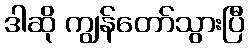
ဒါဆို ကျွန်တော်သွားပြီ